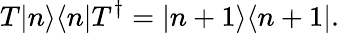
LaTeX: T|n\rangle\langle n|T^{\dagger}=|n+1\rangle\langle n+1|.